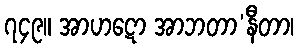
၇၄၉။ အာဟဋော အာဘတာ’နီတာ၊